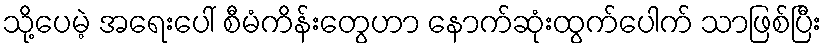
သို့ပေမဲ့ အရေးပေါ် စီမံကိန်းတွေဟာ နောက်ဆုံးထွက်ပေါက် သာဖြစ်ပြီး